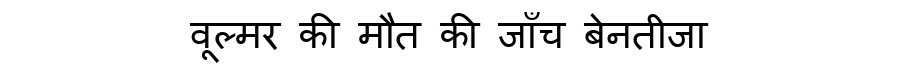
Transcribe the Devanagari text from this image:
वूल्मर की मौत की जाँच बेनतीजा